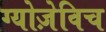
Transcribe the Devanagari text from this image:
ग्योज़ेविच